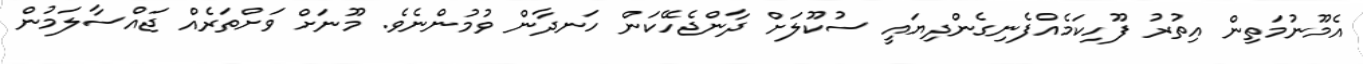
އެމޫނުމަތިން އިތުރު ފޫހިކަމެއްފެނިގެންދިޔައީ ސުކޫލަށް ދާންޖެހޭކަން ހަނދާން ވުމުންނެވެ. މޫނަށް ވަށްތަރެއް ޖައްސާލަމުން